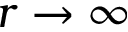
r \to \infty